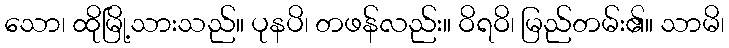
သော၊ ထိုမြို့သားသည်။ ပုနပိ၊ တဖန်လည်း။ ဝိရဝိ၊ မြည်တမ်း၏။ သာမိ၊